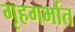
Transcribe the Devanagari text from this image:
गृहगर्भात